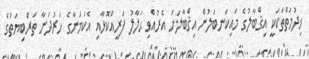
ޚިދުމަތްތަކަކީ އިޤްބާލުގެ މައިކަނބަލުން އިޤްބާލަށް އެރުއްވި ޙަލާލު ފަރީއްކޮޅާއި އެކަމަނާގެ ހަރުދަނާ ތަރްބިޔަތުގެ